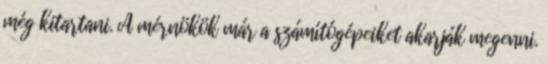
még kitartani. A mérnökök már a számítógépeiket akarják megenni.